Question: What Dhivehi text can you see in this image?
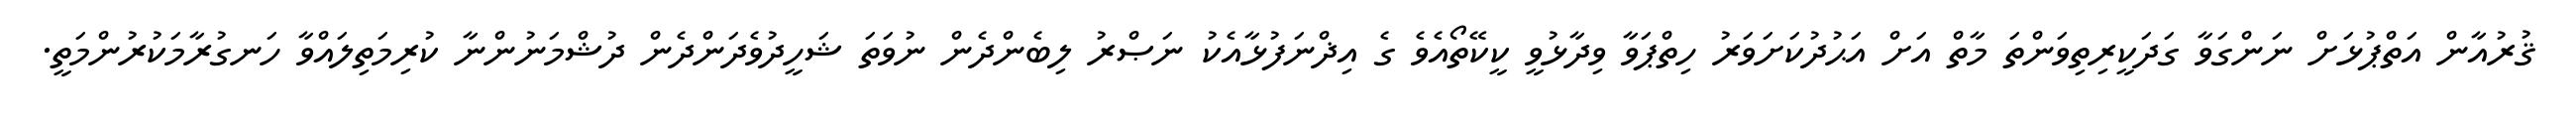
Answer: ޤުރުއާން އަތްޕުޅަށް ނަންގަވާ ގަދަކީރިތިވަންތަ މާތް އަށް އަޙުދުކަށަވަރު ހިތްޕަވާ ވިދާޅުވީ ކީކޭތޯއެވެ ގެ އިޛްނަފުޅާއެކު ނަޞްރު ލިބެންދެން ނުވަތަ ޝަހީދުވެދަންދެން ދުޝްމަނުންނާ ކުރިމަތިލައްވާ ހަނގުރާމަކުރުންމަތީ.